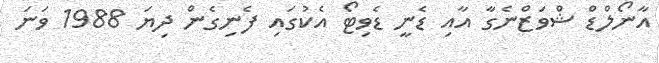
އާނޯލްޑް ޝްވަޒްނެގާ އާއި ޑެނީ ޑެވިޓޯ އެކުގައި ފެނިގެން ދިޔަ 1988 ވަނަ